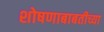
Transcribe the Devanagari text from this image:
शोषणाबाबतीच्या